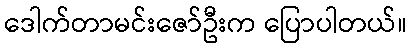
ဒေါက်တာမင်းဇော်ဦးက ပြောပါတယ်။